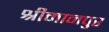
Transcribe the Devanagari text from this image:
श्रीमानपुर